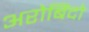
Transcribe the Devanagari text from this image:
अरोबिंदो